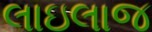
લાઇલાજ